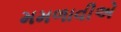
મમળાવીએ